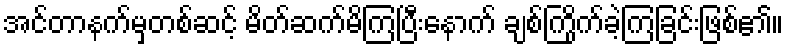
အင်တာနက်မှတစ်ဆင့် မိတ်ဆက်မိကြပြီးနောက် ချစ်ကြိုက်ခဲ့ကြခြင်းဖြစ်၏။